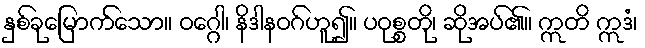
နှစ်ခုမြောက်သော။ ဝဂ္ဂေါ၊ နိဒါနဝဂ်ဟူ၍။ ပဝုစ္စတို၊ ဆိုအပ်၏။ ဣတိ ဣဒံ၊